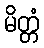
မိတ္တံ